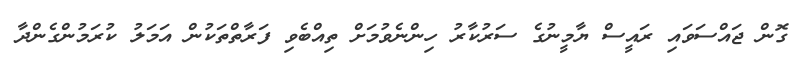
ގޮން ޖައްސަވައި ރައީސް ޔާމީނުގެ ސަރުކާރު ހިންނެވުމަށް ތިއްބެވި ފަރާތްތަކުން އަމަލު ކުރަމުންގެންދާ